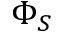
\Phi _ { S }